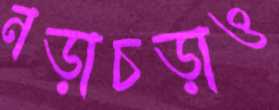
নড়াচড়াও